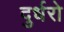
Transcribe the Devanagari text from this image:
दुर्धरो